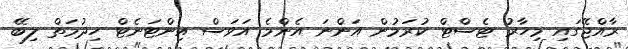
ރާއްޖޭގައި މިހާރު ޓެސްޓް ކުރަމުން އަންނަ އެންމެ އަވަސް އިންޓަނެޓް ހިދުމަތް ލިބޭ